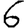
Digit: 6